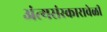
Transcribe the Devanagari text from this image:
अंत्यसंस्कारावेळी